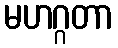
မဟဂ္ဂတာ